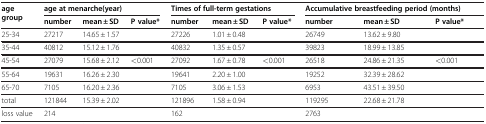
<table><thead><tr><td rowspan="2"><b>age group</b></td><td colspan="3"><b>age at menarche(year)</b></td><td colspan="3"><b>Times of full-term gestations</b></td><td colspan="3"><b>Accumulative breastfeeding period (months)</b></td></tr><tr><td><b>number</b></td><td><b>mean ± SD</b></td><td><b>P value*</b></td><td><b>number</b></td><td><b>mean ± SD</b></td><td><b>P value*</b></td><td><b>number</b></td><td><b>mean ± SD</b></td><td><b>P value*</b></td></tr></thead><tbody><tr><td>25-34</td><td>27217</td><td>14.65 ± 1.57</td><td> </td><td>27226</td><td>1.01 ± 0.48</td><td> </td><td>26749</td><td>13.62 ± 9.80</td><td> </td></tr><tr><td>35-44</td><td>40812</td><td>15.12 ± 1.76</td><td> </td><td>40832</td><td>1.35 ± 0.57</td><td> </td><td>39823</td><td>18.99 ± 13.85</td><td> </td></tr><tr><td>45-54</td><td>27079</td><td>15.68 ± 2.12</td><td>&lt;0.001</td><td>27092</td><td>1.67 ± 0.78</td><td>&lt;0.001</td><td>26518</td><td>24.86 ± 21.35</td><td>&lt;0.001</td></tr><tr><td>55-64</td><td>19631</td><td>16.26 ± 2.30</td><td> </td><td>19641</td><td>2.20 ± 1.00</td><td> </td><td>19252</td><td>32.39 ± 28.62</td><td> </td></tr><tr><td>65-70</td><td>7105</td><td>16.20 ± 2.36</td><td> </td><td>7105</td><td>3.06 ± 1.53</td><td> </td><td>6953</td><td>43.51 ± 39.50</td><td> </td></tr><tr><td>total</td><td>121844</td><td>15.39 ± 2.02</td><td> </td><td>121896</td><td>1.58 ± 0.94</td><td> </td><td>119295</td><td>22.68 ± 21.78</td><td> </td></tr><tr><td>loss value</td><td>214</td><td> </td><td> </td><td>162</td><td> </td><td> </td><td>2763</td><td> </td><td> </td></tr></tbody></table>